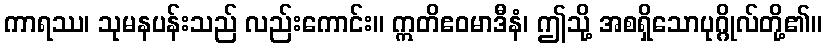
ကာရဿ၊ သုမနပန်းသည် လည်းကောင်း။ ဣတိဧဝမာဒီနံ၊ ဤသို့ အစရှိသောပုဂ္ဂိုလ်တို့၏။